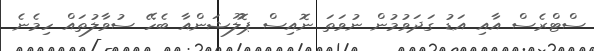
ސްޓްރެސް އާއި އަޑު ގަދަވުމުން ނުވަތަ ނޮއިސް ޕޮލޫޝަންއާ ބެހޭ ސުވާލުތައް ހިމެނެ